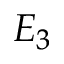
E _ { 3 }